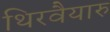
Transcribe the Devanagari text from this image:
थिरवैयारु